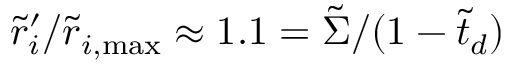
\tilde { r } _ { i } ^ { \prime } / \tilde { r } _ { i , \mathrm { { m a x } } } \approx 1 . 1 = \tilde { \Sigma } / ( 1 - \tilde { t } _ { d } )